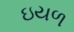
ઇયળ